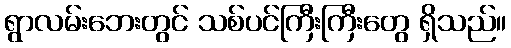
ရွာလမ်းဘေးတွင် သစ်ပင်ကြီးကြီးတွေ ရှိသည်။